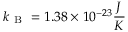
k _ { \mathrm { ~ B ~ } } = 1 . 3 8 \times 1 0 ^ { - 2 3 } \frac { J } { K }